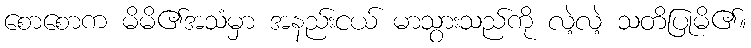
စောစောက မိမိ၏အသံမှာ အနည်းငယ် မာသွားသည်ကို လဲ့လဲ့ သတိပြုမိ၏။